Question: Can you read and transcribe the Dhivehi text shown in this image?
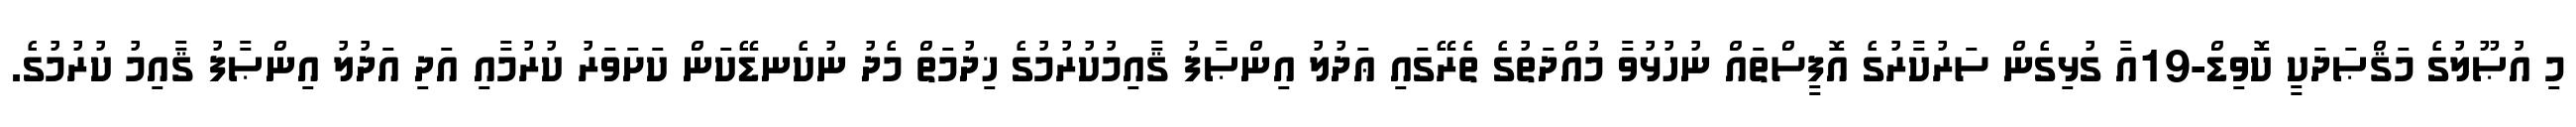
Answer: މި އުޞޫލުގެ މަޤްޞަދަކީ ކޮވިޑް-19އާ ގުޅިގެން ސަރުކާރުގެ އޮފީސްތައް ނުހުޅުވާ މުއްދަތުގެ ތެރޭގައި ޢަދުލު އިންޞާފު ޤާއިމުކުރުމުގެ ޚިދުމަތް މެދު ނުކެނޑޭކަން ކަށަވަރު ކުރުމާއި އަދި އަދުލު އިންޞާފު ޤާއިމު ކުރުމުގެ.